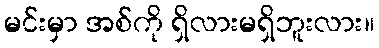
မင်းမှာ အစ်ကို ရှိလားမရှိဘူးလား။